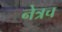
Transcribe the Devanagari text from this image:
नेत्रच